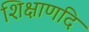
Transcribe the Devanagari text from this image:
शिक्षाणदि